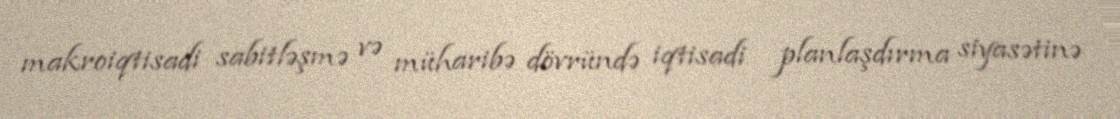
makroiqtisadi sabitləşmə və müharibə dövründə iqtisadi planlaşdırma siyasətinə